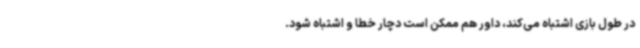
در طول بازی اشتباه می‌کند، داور هم ممکن است دچار خطا و اشتباه شود.